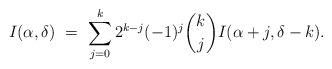
LaTeX: \begin{align*} I(\alpha, \delta) \ = \ \sum_{j=0}^k 2^{k - j}(-1)^j \binom{k}{j} I(\alpha + j, \delta - k). \end{align*}